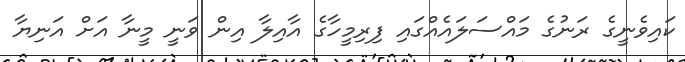
ކައިވެނީގެ ރަނުގެ މައްސަލައެއްގައި ފިރިމީހާގެ އާއިލާ އިން ވަނީ މީނާ އަށް އަނިޔާ